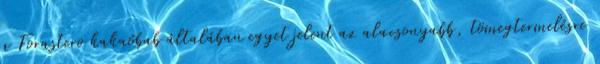
a Forastero kakaóbab általában egyet jelent az alacsonyabb, tömegtermelésre